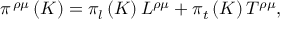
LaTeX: \pi ^ { \, \rho \mu } \left( K \right) = \pi _ { l } \left( K \right) L ^ { \rho \mu } + \pi _ { t } \left( K \right) T ^ { \rho \mu } ,